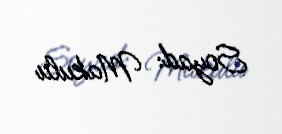
Soyad: Makulu